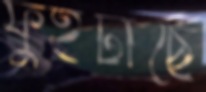
ফুইটাছে